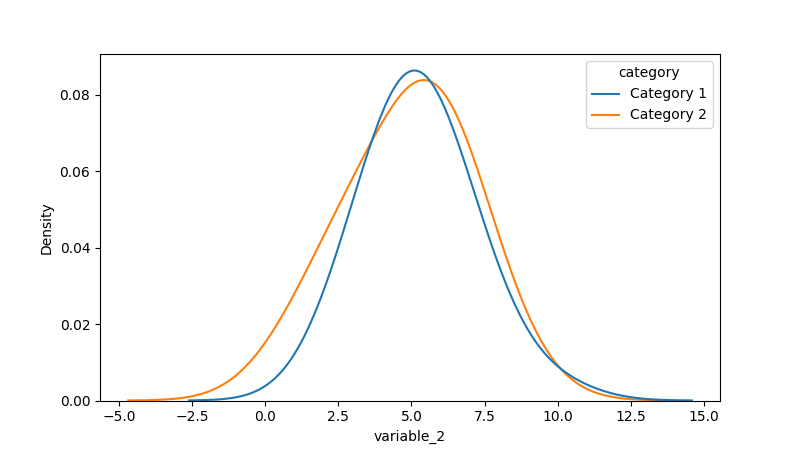
python, seaborn, kdeplot, hue='category', fill=False, bw_adjust=2.0